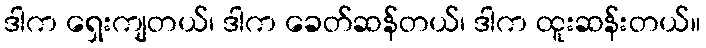
ဒါက ရှေးကျတယ်၊ ဒါက ခေတ်ဆန်တယ်၊ ဒါက ထူးဆန်းတယ်။